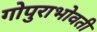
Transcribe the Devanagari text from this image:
गोपुराभोवती